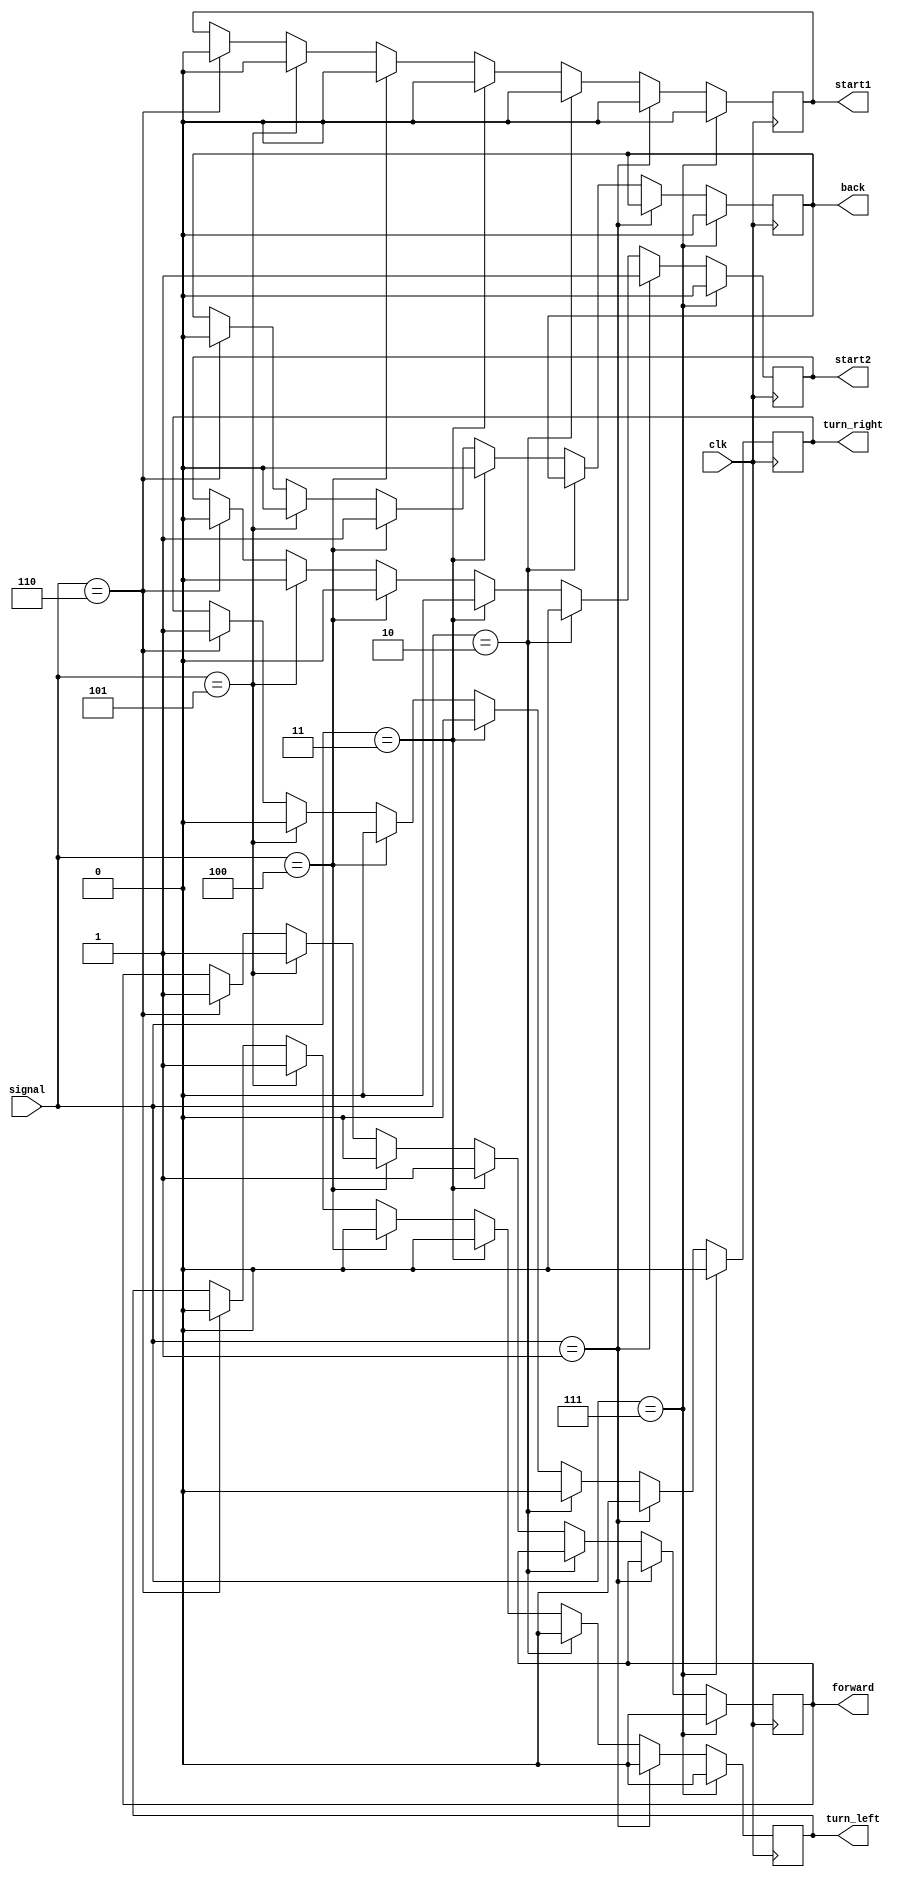
module buletooth_data(clk,start1,start2,signal,turn_right,turn_left,forward,back);
//
//turn
//start
//6start0
//
input [2:0]signal;
input clk;
output reg start1,turn_left,turn_right,forward,back,start2;

reg [19:0]count;
initial
begin
	count<=0;
	start1<=0;
	start2<=0;
	turn_left<=0;
	turn_right<=0;
	forward<=0;
	back<=0;
end


always@(posedge clk)
begin
	if(signal==7)
	begin
		start1<=0;
		start2<=0;
		turn_left<=0;
		turn_right<=0;
		forward<=0;
		back<=0;
	end
	
	else if(signal==1)//
	begin
		start1<=0;
		start2<=1;
		turn_right<=0;
		turn_left<=0;
	end
	
	else if(signal==2)//
	begin
		start2<=0;
		start1<=0;
		turn_left<=0;
		turn_right<=0;
	end
	
	else if(signal==3)//
	begin
		start1<=0;
		start2<=0;
		forward<=1;
		back<=0;
		turn_left<=0;
		turn_right<=0;
	end
	
	else if(signal==4)//
	begin
		start1<=0;
		start2<=0;
		forward<=0;
		back<=1;
		turn_left<=0;
		turn_right<=0;
	end
	
	else if(signal==5)//
	begin
		start1<=0;
		start2<=0;
		forward<=1;
		back<=0;
		turn_left<=1;
		turn_right<=0;
	end
	else if(signal==6)//
	begin
		start1<=0;
		start2<=0;
		forward<=1;
		back<=0;
		turn_left<=0;
		turn_right<=1;
	end
	
	else
	begin
		
	end
	
end




endmodule